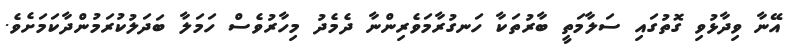
އޭނާ ވިދާޅުވި ގޮތުގައި ސަލާމަތީ ބާރުތަކާ ހަނގުރާމަވެރިންނާ ދެމެދު މިހާރުވެސް ހަމަލާ ބަދަލުކުރަމުންދާކަމަށެވެ.